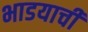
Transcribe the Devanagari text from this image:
भाडयाची